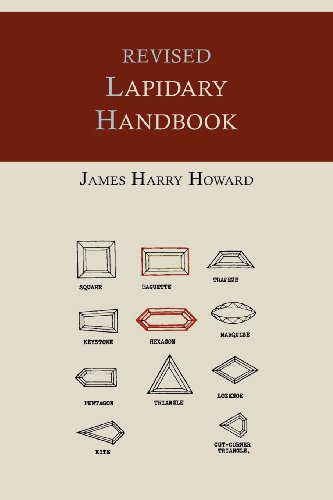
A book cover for Revised Lapidary Handbook [Illustrated Edition]; James Harry Howard; Crafts, Hobbies & Home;